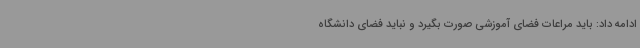
ادامه داد: باید مراعات فضای آموزشی صورت بگیرد و نباید فضای دانشگاه